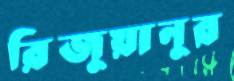
রিজুয়ানুর